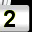
Digit: 2